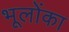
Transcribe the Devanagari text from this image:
भूलोंका